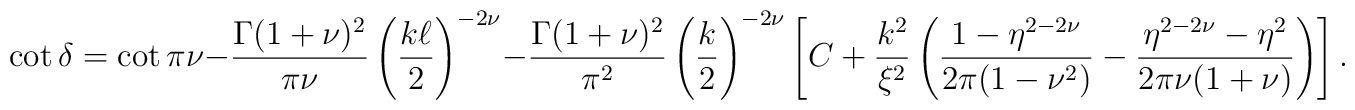
\cot\delta=\cot\pi\nu-{\Gamma(1+\nu)^2\over\pi\nu}\left({k\ell\over2}\right)^{-2\nu}-{\Gamma(1+\nu)^2\over\pi^2}\left({k\over2}\right)^{-2\nu}\left[{C}+{k^2\over\xi^2}\left({1-\eta^{2-2\nu}\over2\pi(1-\nu^2)}-{\eta^{2-2\nu}-\eta^{2}\over2\pi\nu(1+\nu)}\right)\right].